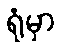
ရုံမှာ